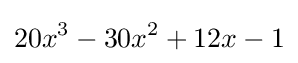
20x^{3}-30x^{2}+12x-1